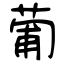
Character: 葡